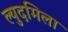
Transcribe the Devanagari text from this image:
ल्युदमिला